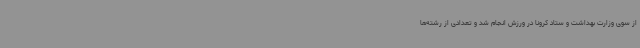
از سوی وزارت بهداشت و ستاد کرونا در ورزش انجام شد و تعدادی از رشته‌ها